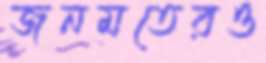
জনমতেরও